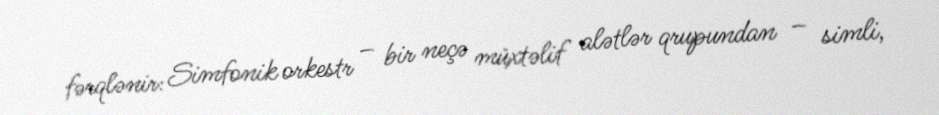
fərqlənir: Simfonik orkestr – bir neçə müxtəlif alətlər qrupundan – simli,